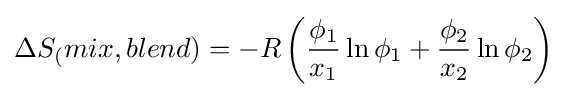
\Delta S_{(}mix,blend)=-R\left({\phi _{1} \over x_{1}}\ln \phi _{1}+{\phi _{2} \over x_{2}}\ln \phi _{2}\right)